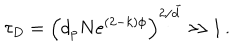
LaTeX: \tau _ { D } = \left( d _ { p } N e ^ { ( 2 - k ) \phi } \right) ^ { 2 / \tilde { d } } \gg 1 \, .